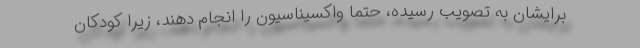
برایشان به تصویب رسیده، حتماً واکسیناسیون را انجام دهند، زیرا کودکان